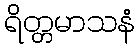
ရိတ္တမာသနံ